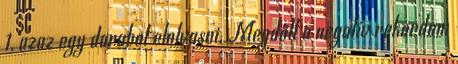
1, azaz egy darabot elolvasni. Megdőlt a negatív rekordom